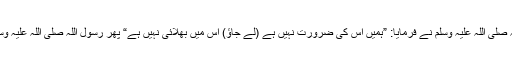
“ اس نے کہا: میں نے کان سے نکالا ہے، رسول اللہ صلی اللہ علیہ وسلم نے فرمایا: ”ہمیں اس کی ضرورت نہیں ہے (لے جاؤ) اس میں بھلائی نہیں ہے“ پھر رسول اللہ صلی اللہ علیہ وسلم نے اس کی طرف سے (قرض کو) خود ادا کر دیا۔